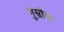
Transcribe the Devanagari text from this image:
गुम्रोक